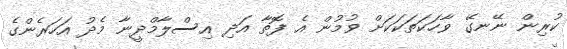
ކުރިން ނޭނގޭ ވާހަކަތަކަކަށް ވުމުން އެ ފޮތާ އަދި އިސްލާމްދީނާ މެދު އަހަރެންގެ